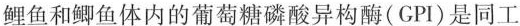
鲤鱼和鲫鱼体内的葡萄糖磷酸异构酶( GPI )是同工